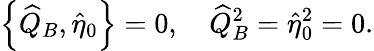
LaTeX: \left\{ \widehat{Q}_{B},\widehat{\eta}_{0}\right\} =0,\quad\widehat{Q}_{B}^{2}=\widehat{\eta}_{0}^{2}=0.